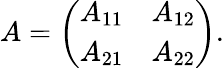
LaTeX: A={\left(\begin{array}{ll}{A_{11}}&{A_{12}}\\ {A_{21}}&{A_{22}}\end{array}\right)}.